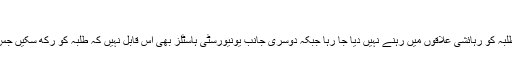
‘
اس وقت صورت حال یہ ہے کہ طلبہ کو رہائشی علاقوں میں رہنے نہیں دیا جا رہا جبکہ دوسری جانب یونیورسٹی ہاسٹلز بھی اس قابل نہیں کہ طلبہ کو رکھ سکیں جس پر ایک نیا مسئلہ پیدا ہو گیا ہے۔